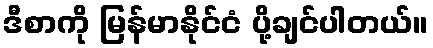
ဒီစာကို မြန်မာနိုင်ငံ ပို့ချင်ပါတယ်။